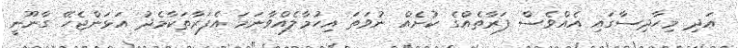
އަދި މިހާދިސާގައި އެއްވެސް ފަރާތެއްގެ ކުށެއް ނުވަތަ އިހުމާލެއްވާނަމަ އެފަރާތަކާމެދު އަޅަންޖެހޭ ގާނޫނީ